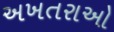
અખતરાઓ